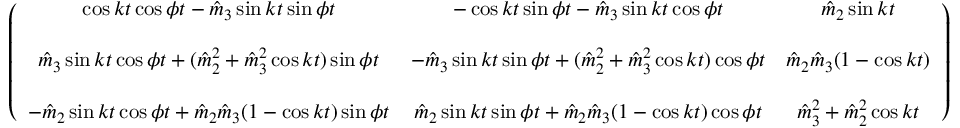
\begin{array} { r } { \left( \begin{array} { c c c } { \cos k t \cos \phi t - \hat { m } _ { 3 } \sin k t \sin \phi t } & { - \cos k t \sin \phi t - \hat { m } _ { 3 } \sin k t \cos \phi t } & { \hat { m } _ { 2 } \sin k t } \\ { } & { } & { } \\ { \hat { m } _ { 3 } \sin k t \cos \phi t + ( \hat { m } _ { 2 } ^ { 2 } + \hat { m } _ { 3 } ^ { 2 } \cos k t ) \sin \phi t } & { - \hat { m } _ { 3 } \sin k t \sin \phi t + ( \hat { m } _ { 2 } ^ { 2 } + \hat { m } _ { 3 } ^ { 2 } \cos k t ) \cos \phi t } & { \hat { m } _ { 2 } \hat { m } _ { 3 } ( 1 - \cos k t ) } \\ { } & { } & { } \\ { - \hat { m } _ { 2 } \sin k t \cos \phi t + \hat { m } _ { 2 } \hat { m } _ { 3 } ( 1 - \cos k t ) \sin \phi t } & { \hat { m } _ { 2 } \sin k t \sin \phi t + \hat { m } _ { 2 } \hat { m } _ { 3 } ( 1 - \cos k t ) \cos \phi t } & { \hat { m } _ { 3 } ^ { 2 } + \hat { m } _ { 2 } ^ { 2 } \cos k t } \end{array} \right) } \end{array}